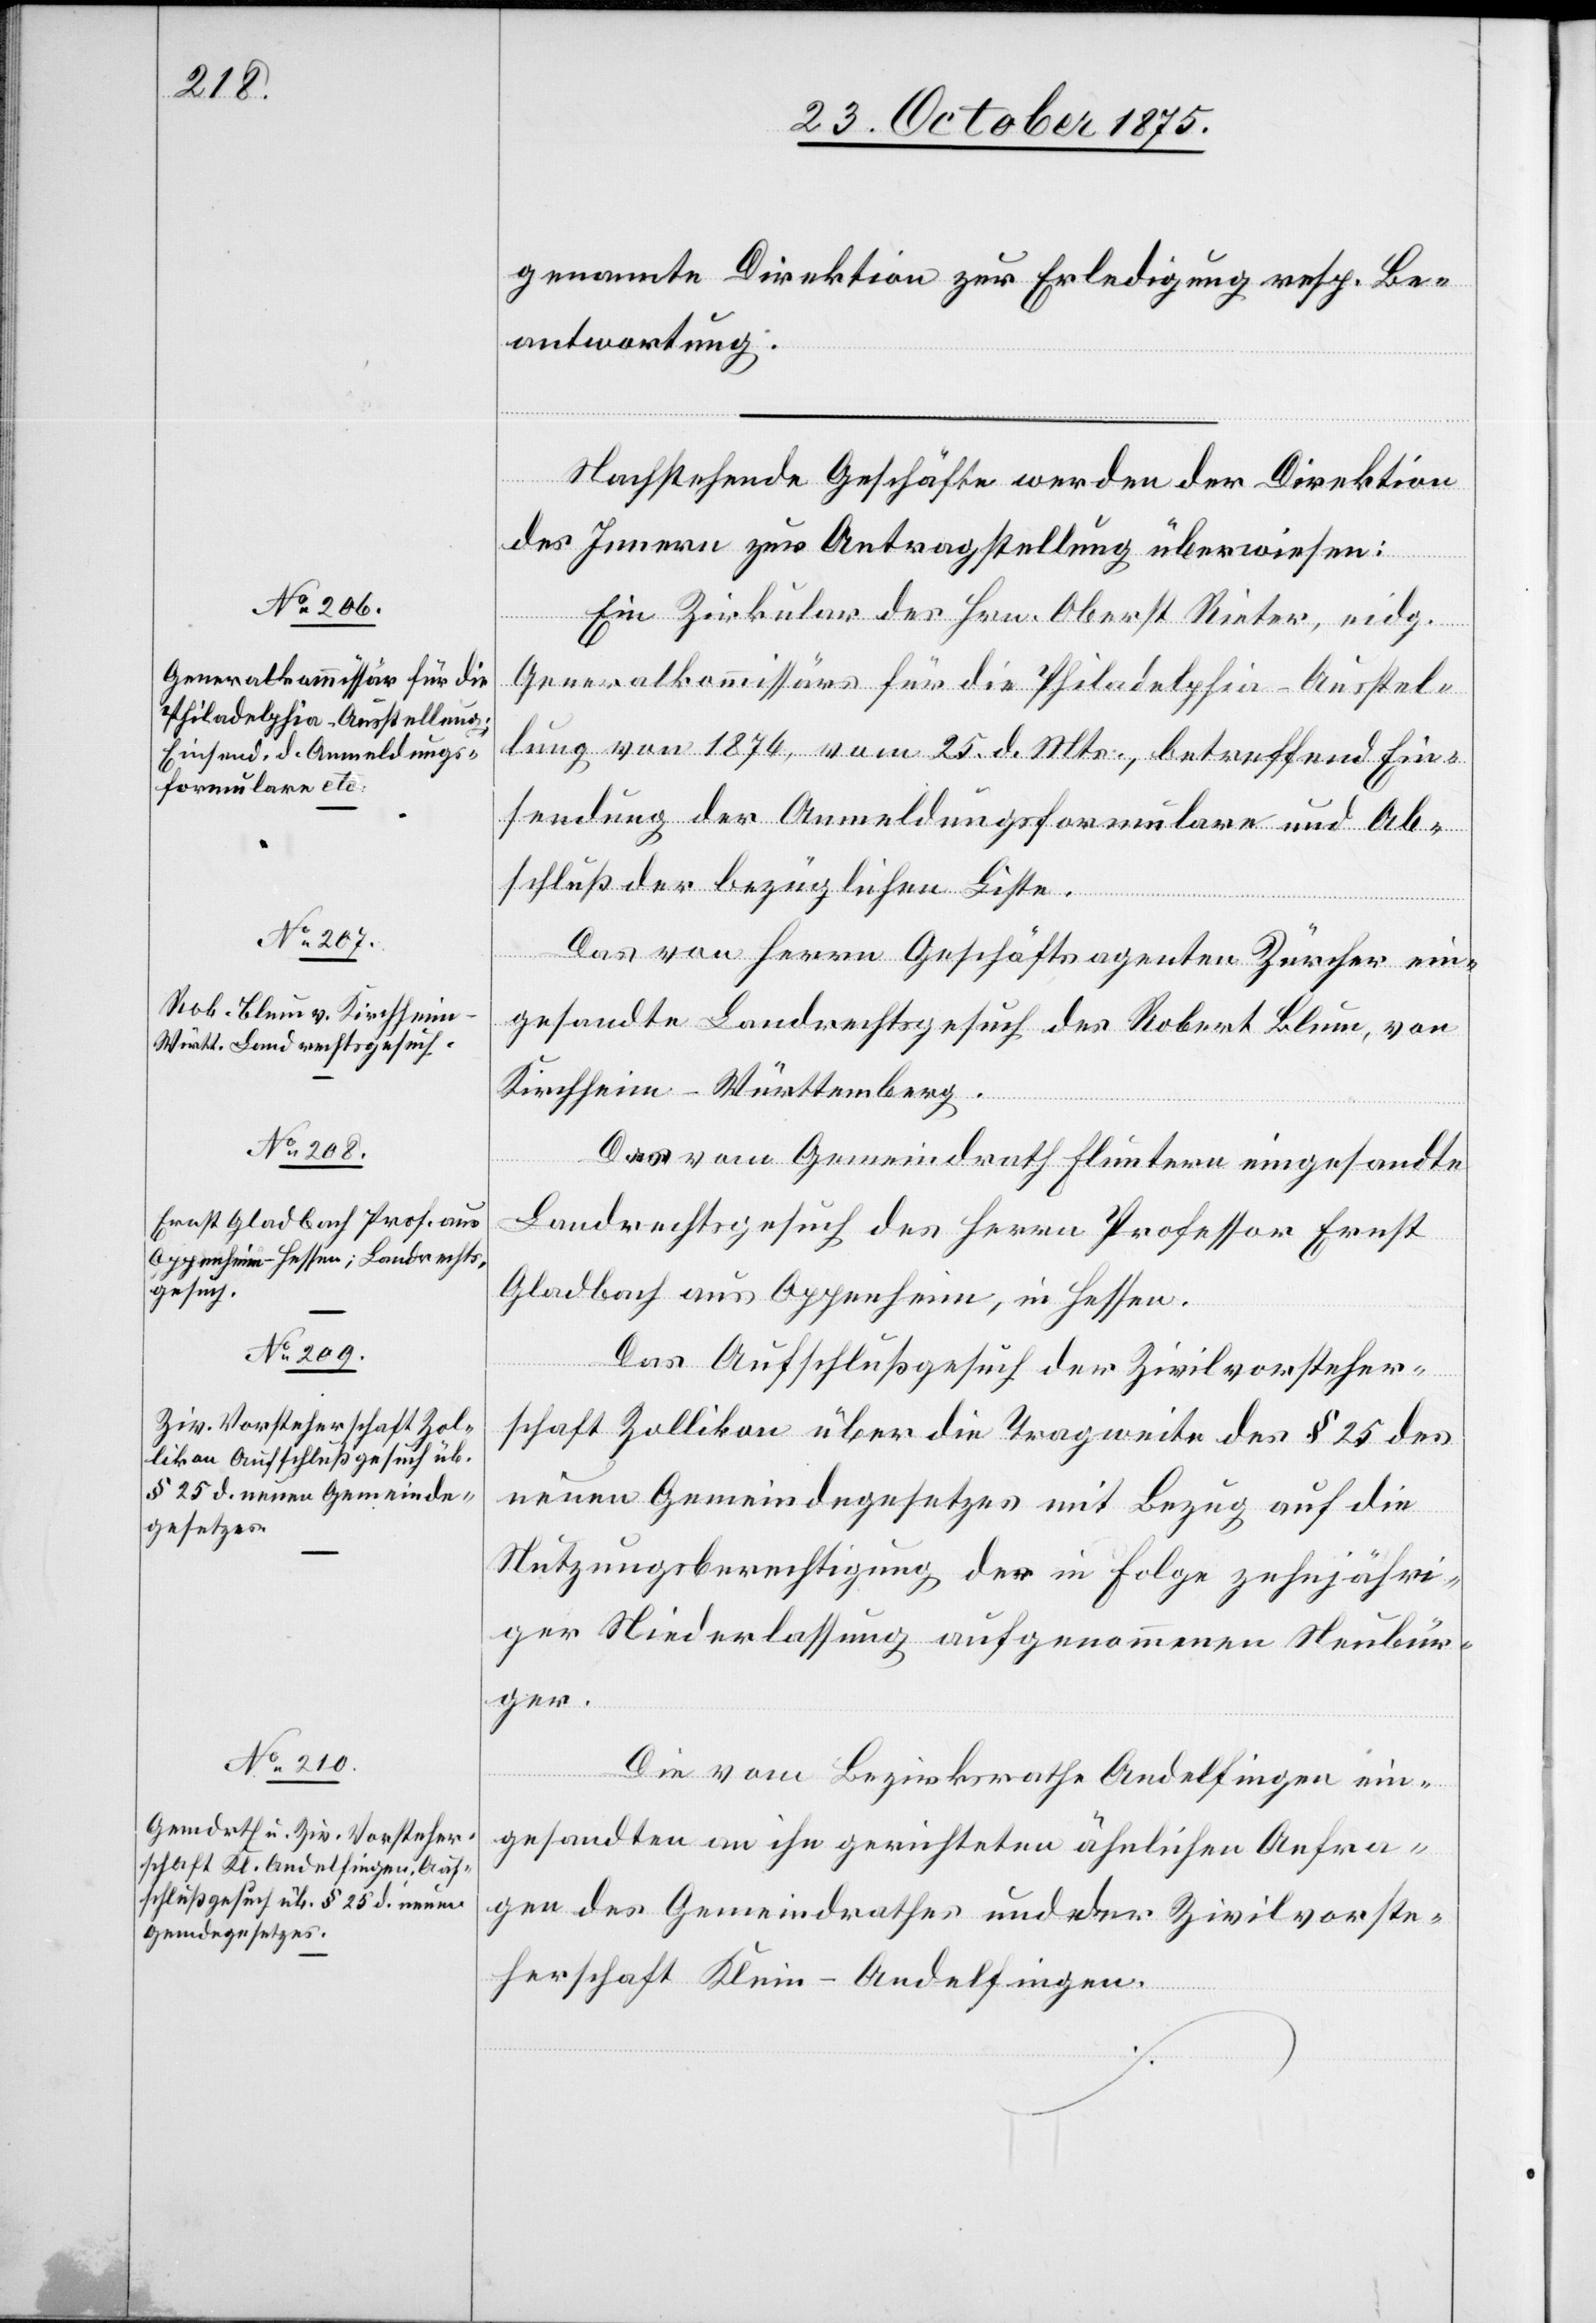
27. October 1875.]
genannte Direktion zur Erledigung resp. Be¬
antwortung.
Nachstehende Geschäfte werden der Direktion
des Innern zur Antragstellung überwiesen:
Ein Zirkular des Hrn. Oberst Rieter, eidg.
Generalkommissärs für die Philadelphia-Ausstel¬
lung von 1876, vom 25. d. Mts., betreffend Ein¬
sendung der Anmeldungsformulare und Ab¬
schluß der bezüglichen Liste.
Das von Herrn Geschäftsagenten Zürcher ein¬
gesandte Landrechtsgesuch des Robert Blum, von
Kirchheim - Württemberg.
setzung
Das vom Gemeindrath Fluntern eingesandte
Landrechtsgesuch des Herrn Professor Ernst
Gladbach aus Oppenheim, in Hessen.
Das Aufschlußgesuch der Zivilvorsteher¬
schaft Zollikon über die Tragweite des § 25 des
neuen Gemeindegesetzes mit Bezug auf die
Nutzungsberechtigung der in Folge zehnjähri¬
ger Niederlassung aufgenommenen Neubür¬
ger.
Die vom Bezirksrathe Andelfingen ein¬
gesandten an ihn gerichteten ähnlichen Anfra¬
gen des Gemeindrathes und der Zivilvorste¬
herschaft Klein-Andelfingen.